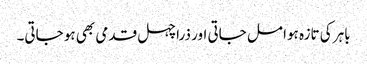
باہر کی تازہ ہوا مل جاتی اور ذرا چہل قدمی بھی ہو جاتی۔